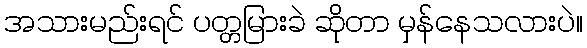
အသားမည်းရင် ပတ္တမြားခဲ ဆိုတာ မှန်နေသလားပဲ။